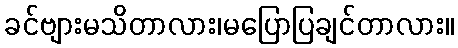
ခင်ဗျားမသိတာလား၊မပြောပြချင်တာလား။